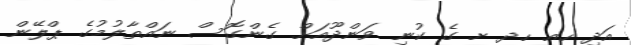
އަދި ހއ ހދ ށ ގެ ކުނި ވަންދޫއަށް ގެންގޮސް ނައްތާލުމުގެ ޕްލޭން